Vaccination in Bombay 1874-1876 - 1874-1876
Year: 1874
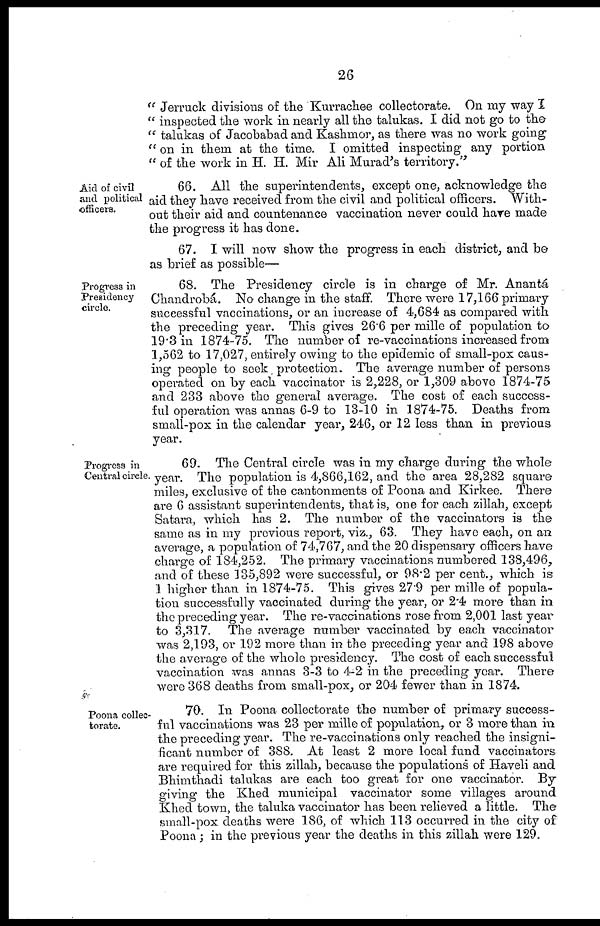
26
" Jerruck divisions of the Kurrachee collectorate. On my way I
" inspected the work in nearly all the talukas. I did not go to the
" talukas of Jacobabad and Kashmor, as there was no work going:
" on in them at the time. I omitted inspecting any portion
" of the work in H. H. Mir Ali Murad's territory."
Aid of civil
and. political
officers.
66. All the superintendents, except one, acknowledge the
aid they have received from the civil and political officers. With-
out their aid and countenance vaccination never could have made
the progress it has done.
67. I will now show the progress in each district, and be
as brief as possible—
Progress in
Presidency
circle.
68. The Presidency circle is in charge of Mr. Anantá
Chandrobá. No change in the staff. There were 17,166 primary
successful vaccinations, or an increase of 4,684 as compared with
the preceding year. This gives 26.6 per mille of population to
19.3 in 1874-75. The number of re-vaccinations increased from
1,562 to 17,027, entirely owing to the epidemic of small-pox caus-
ing people to seek protection. The average number of persons
operated on by each vaccinator is 2,228, or 1,309 above 1874-75
and 233 above the general average. The cost of each success-
ful operation was annas 6-9 to 13-10 in 1874-75. Deaths from
small-pox in the calendar year, 246, or 12 less than in previous
year.
Progress in
Central circle.
69. The Central circle was in my charge during the whole
year. The population is 4,866,162, and the area 28,282 square
miles, exclusive of the cantonments of Poona and Kirkee. There
are 6 assistant superintendents, that is, one for each zillah, except
Satara, which has 2. The number of the vaccinators is the
same as in my previous report, viz., 63. They have each, on an
average, a population of 74,767, and the 20 dispensary officers have
charge of 184,252. The primary vaccinations numbered 138,496,
and of these 135,892 were successful, or 98.2 per cent., which is
1 higher than in 1874-75. This gives 27.9 per mille of popula-
tion successfully vaccinated during the year, or 2.4 more than in
the preceding year. The re-vaccinations rose from 2,001 last year
to 3,317. The average number vaccinated by each vaccinator
was 2,193, or 192 more than in the preceding year and 198 above
the average of the whole presidency. The cost of each successful
vaccination was annas 3-3 to 4-2 in the preceding year. There
were 368 deaths from small-pox, or 204 fewer than in 1874.
Poona collec-
torate.
70. In Poona collectorate the number of primary success-
ful vaccinations was 23 per mille of population, or 3 more than in
the preceding year. The re-vaccinations only reached the insigni-
ficant number of 388. At least 2 more local fund vaccinators
are required for this zillah, because the populations of Haveli and
Bhimthadi talukas are each too great for one vaccinator. By
giving the Khed municipal vaccinator some villages around
Khed town, the taluka vaccinator has been relieved a little. The
small-pox deaths were 186, of which 113 occurred in the city of
Poona ; in the previous year the deaths in this zillah were 129.